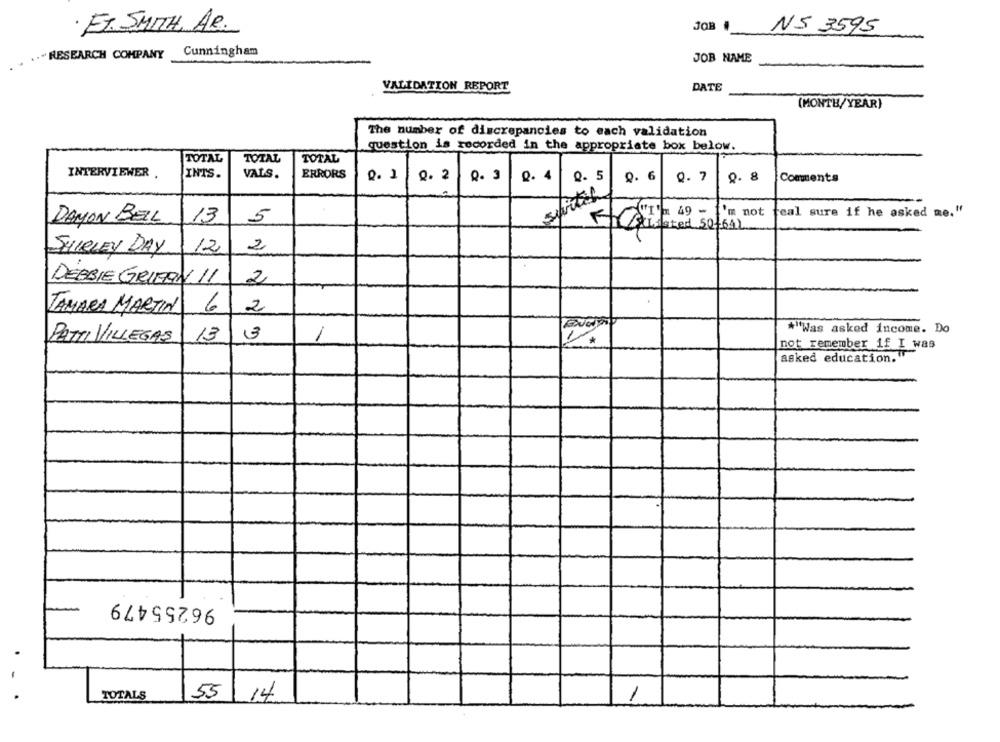
· Et. SMITH, AR.
NS 3595
JOB
Cunningham
.. " RESEARCH COMPANY
JOB NAME
VALIDATION REPORT
DATE
(MONTH/YEAR)
The number of discrepancies to each validation
question is recorded in the appropriate box below.
TOTAL
TOTAL
TOTAL
INTERVIEWER .
INTS.
VALS.
ERRORS
Q. 1
Q. 2
Q. 4
0. 5
0. 6
Q.7
0. 8
Comments
'm not teal sure if he asked me."
DAMON BELL
13
5
FCat fred 50/642
SHIRLEY DAY
12
2
DEBBIE GRIFFIN 11
2
TAMARA MARTIN
6
2
3
*"Was asked income. Do
PATTI VILLEGAS
13
1
*
not remember if I was
asked education."
96255479
TOTALS
55
14
1